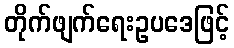
တိုက်ဖျက်ရေးဥပဒေဖြင့်